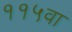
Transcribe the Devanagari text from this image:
११५वा